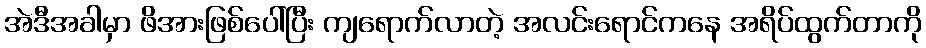
အဲဒီအခါမှာ ဖိအားဖြစ်ပေါ်ပြီး ကျရောက်လာတဲ့ အလင်းရောင်ကနေ အရိပ်ထွက်တာကို